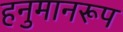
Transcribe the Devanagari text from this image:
हनुमानरूप